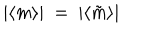
LaTeX: | \langle m \rangle | \ = \ | \langle \tilde { m } \rangle |